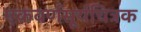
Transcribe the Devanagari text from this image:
एकवर्णसूर्यचित्रक